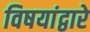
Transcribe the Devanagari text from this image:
विषयांद्वारे